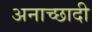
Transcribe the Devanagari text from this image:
अनाच्छादी